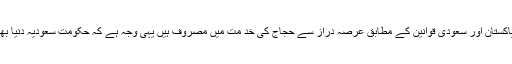
گجرات(جی پی آئی) پرائیویٹ حج گروپ آرگنائزر حکومت پاکستان اور سعودی قوانین کے مطابق عرصہ دراز سے حجاج کی خد مت میں مصروف ہیں یہی وجہ ہے کہ حکومت سعودیہ دنیا بھر میں پاکستان کے پرائیویٹ آرگنائزرز کو پہلا نمبر دیا ہے۔